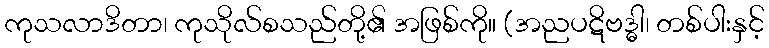
ကုသလာဒိတာ၊ ကုသိုလ်စသည်တို့၏ အဖြစ်ကို။ (အညပဋိဗဒ္ဓါ၊ တစ်ပါးနှင့်